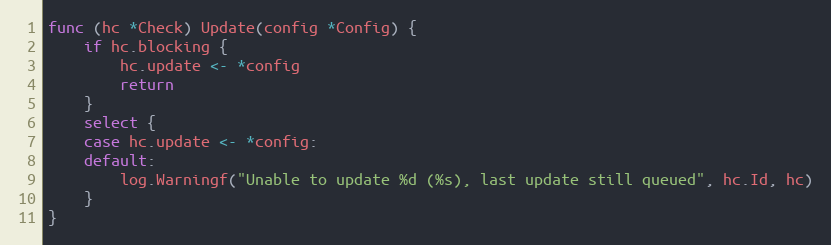
Language: Go
func (hc *Check) Update(config *Config) {
	if hc.blocking {
		hc.update <- *config
		return
	}
	select {
	case hc.update <- *config:
	default:
		log.Warningf("Unable to update %d (%s), last update still queued", hc.Id, hc)
	}
}